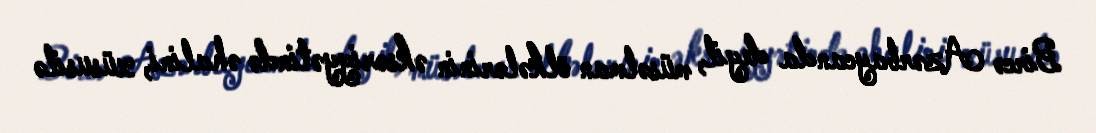
Bircə Azərbaycanda deyil, müsəlman ölkələrinin əksəriyyətində əhalini, xüsusilə